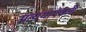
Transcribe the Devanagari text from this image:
प्रत्ययाऐवजी